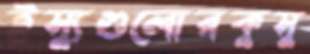
ইস্যুগুলোরকুসু